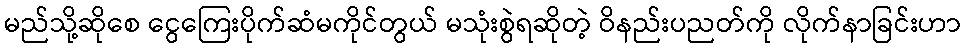
မည်သို့ဆိုစေ ငွေကြေးပိုက်ဆံမကိုင်တွယ် မသုံးစွဲရဆိုတဲ့ ဝိနည်းပညတ်ကို လိုက်နာခြင်းဟာ